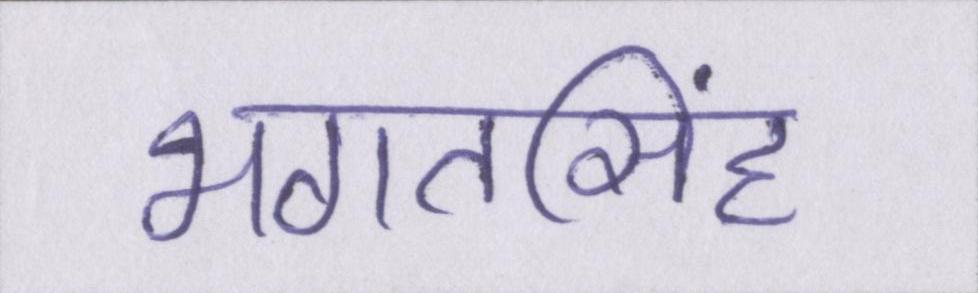
भगतसिंह